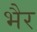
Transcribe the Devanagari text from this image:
भैर